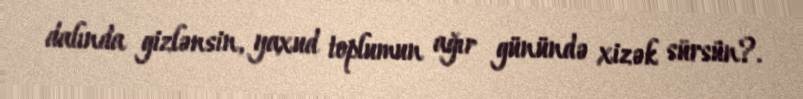
dalında gizlənsin, yaxud toplumun ağır günündə xizək sürsün?.